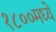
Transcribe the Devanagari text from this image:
१८००मध्ये